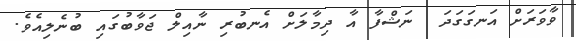
ވާވަރަށް އަނގަގަދަ  ނަޝްފާ އާ ދިމާލަށް އެނބުރި ނާއިލް ޖަވާބުގައި ބުނެލިއެވެ.